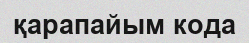
қарапайым кода